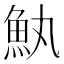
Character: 𮫰